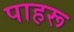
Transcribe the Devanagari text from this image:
पाहरू